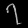
Digit: ၇